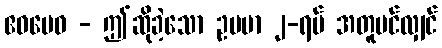
ဧဝမေဝ - ဤဆိုခဲ့သော ဥပမာ ၂-ရပ် အတူပင်လျှင်